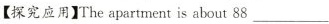
【探究应用】The apartment is about 88___